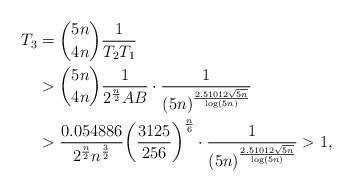
LaTeX: \begin{align*}{T_3}&=\binom{5n}{4n}\frac{1}{{T_2}{T_1}}\\&>\binom{5n}{4n}\frac{1}{2^{\frac{n}{2}}AB}\cdot\frac{1}{{(5n)}^{\frac{2.51012\sqrt{5n}}{\log(5n)}}}\\&>\frac{0.054886}{2^{\frac{n}{2}}n^{\frac{3}{2}}}{\left(\frac{3125}{256}\right)}^{\frac{n}{6}}\cdot\frac{1}{{(5n)}^{\frac{2.51012\sqrt{5n}}{\log(5n)}}}>1,\end{align*}